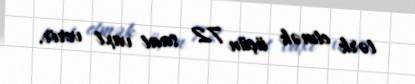
tərk etmək üçün 72 saat vaxt verir.